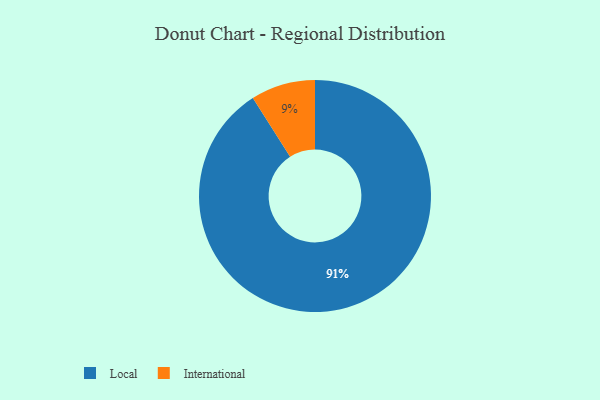
{"axis": {"x": "Category", "y": "Percentage"}, "legend": ["International", "Local"], "data": [{"x": "Local", "y": 91, "type": "Local"}, {"x": "International", "y": 9, "type": "International"}]}